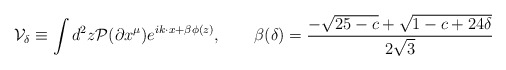
\begin{align*}{\cal V}_\delta \equiv \int d^2z {\cal P} (\partial x^\mu) e^{ik\cdot x + \beta\phi(z)},\qquad \beta(\delta ) ={-\sqrt{25-c}+\sqrt{1-c+24\delta }\over2\sqrt3}\end{align*}